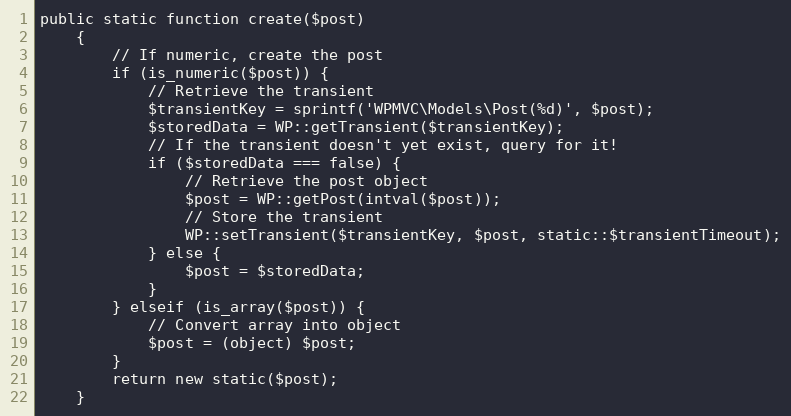
Language: PHP
public static function create($post)
    {
        // If numeric, create the post
        if (is_numeric($post)) {
            // Retrieve the transient
            $transientKey = sprintf('WPMVC\Models\Post(%d)', $post);
            $storedData = WP::getTransient($transientKey);
            // If the transient doesn't yet exist, query for it!
            if ($storedData === false) {
                // Retrieve the post object
                $post = WP::getPost(intval($post));
                // Store the transient
                WP::setTransient($transientKey, $post, static::$transientTimeout);
            } else {
                $post = $storedData;
            }
        } elseif (is_array($post)) {
            // Convert array into object
            $post = (object) $post;
        }
        return new static($post);
    }